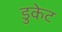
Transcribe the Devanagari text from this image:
डुकेट